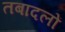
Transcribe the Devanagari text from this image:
तबादलों